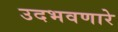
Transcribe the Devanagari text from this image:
उदभवणारे